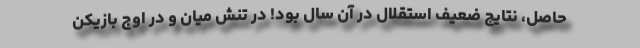
حاصل، نتایج ضعیف استقلال در آن سال بود! در تنش میان و در اوج بازیکن